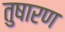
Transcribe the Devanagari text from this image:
तुषारण